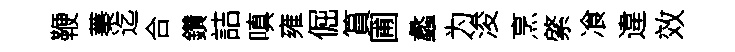
鞭蓁迄合鑽詰嗔雍倔篔圃蠡为浚烹綮飡違效